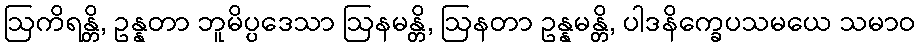
ဩကိရန္တိ, ဥန္နတာ ဘူမိပ္ပဒေသာ ဩနမန္တိ, ဩနတာ ဥန္နမန္တိ, ပါဒနိက္ခေပသမယေ သမာဝ